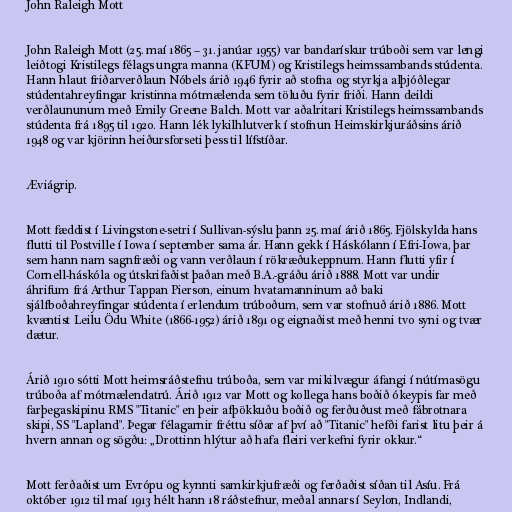
John Raleigh Mott

John Raleigh Mott (25. maí 1865 – 31. janúar 1955) var bandarískur trúboði sem var lengi
leiðtogi Kristilegs félags ungra manna (KFUM) og Kristilegs heimssambands stúdenta.
Hann hlaut friðarverðlaun Nóbels árið 1946 fyrir að stofna og styrkja alþjóðlegar
stúdentahreyfingar kristinna mótmælenda sem töluðu fyrir friði. Hann deildi
verðlaununum með Emily Greene Balch. Mott var aðalritari Kristilegs heimssambands
stúdenta frá 1895 til 1920. Hann lék lykilhlutverk í stofnun Heimskirkjuráðsins árið
1948 og var kjörinn heiðursforseti þess til lífstíðar.

Æviágrip.

Mott fæddist í Livingstone-setri í Sullivan-sýslu þann 25. maí árið 1865. Fjölskylda hans
flutti til Postville í Iowa í september sama ár. Hann gekk í Háskólann í Efri-Iowa, þar
sem hann nam sagnfræði og vann verðlaun í rökræðukeppnum. Hann flutti yfir í
Cornell-háskóla og útskrifaðist þaðan með B.A.-gráðu árið 1888. Mott var undir
áhrifum frá Arthur Tappan Pierson, einum hvatamanninum að baki
sjálfboðahreyfingar stúdenta í erlendum trúboðum, sem var stofnuð árið 1886. Mott
kvæntist Leilu Ödu White (1866-1952) árið 1891 og eignaðist með henni tvo syni og tvær
dætur.

Árið 1910 sótti Mott heimsráðstefnu trúboða, sem var mikilvægur áfangi í nútímasögu
trúboða af mótmælendatrú. Árið 1912 var Mott og kollega hans boðið ókeypis far með
farþegaskipinu RMS "Titanic" en þeir afþökkuðu boðið og ferðuðust með fábrotnara
skipi, SS "Lapland". Þegar félagarnir fréttu síðar af því að "Titanic" hefði farist litu þeir á
hvern annan og sögðu: „Drottinn hlýtur að hafa fleiri verkefni fyrir okkur.“

Mott ferðaðist um Evrópu og kynnti samkirkjufræði og ferðaðist síðan til Asíu. Frá
október 1912 til maí 1913 hélt hann 18 ráðstefnur, meðal annars í Seylon, Indlandi,